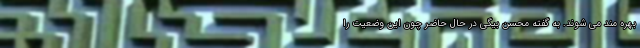
بهره مند می شوند. به گفته محسن بیگی در حال حاضر چون این وضعیت را